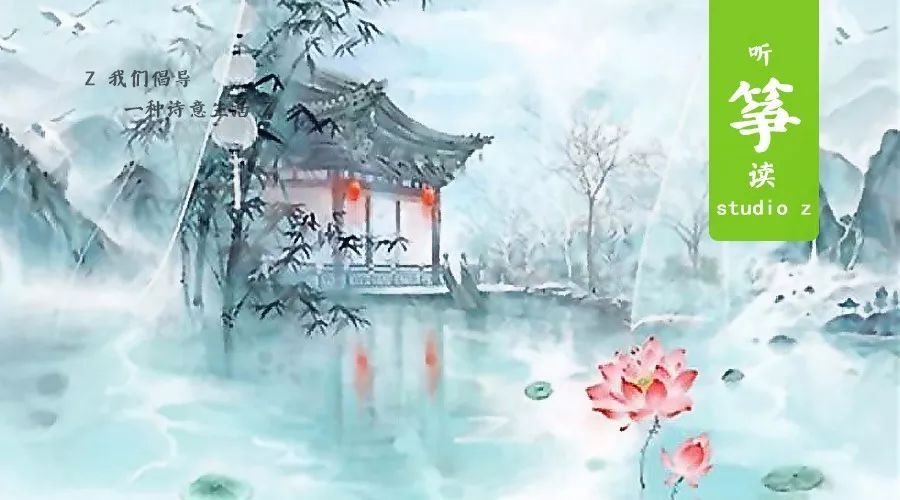
三百年间同晓梦，钟山何处有龙盘。